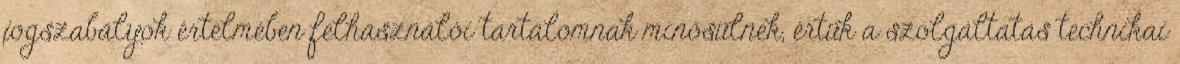
jogszabályok értelmében felhasználói tartalomnak minősülnek, értük a szolgáltatás technikai